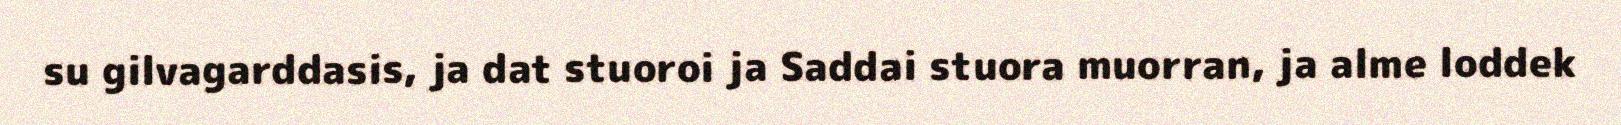
su gilvagarddasis, ja dat stuoroi ja Saddai stuora muorran, ja alme loddek